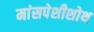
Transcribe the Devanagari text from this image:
मांसपेशीशोथ